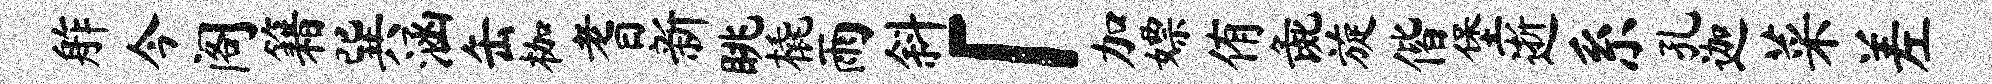
舴今阁籍巽涵缶枷耆新眺橇雨斜「加嫖侑彘旋偕堡逝系孔迦菜差